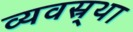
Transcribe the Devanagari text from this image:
व्यवस्र्था